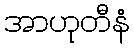
အာဟုတီနံ